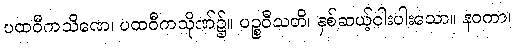
ပထဝီကသိဏေ၊ ပထဝီကသိုဏ်၌။ ပဉ္စဝီသတိ၊ နှစ်ဆယ့်ငါးပါးသော။ နဝကာ၊